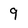
Character: 9